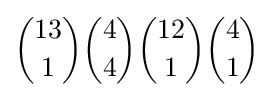
{13 \choose 1}{4 \choose 4}{12 \choose 1}{4 \choose 1}